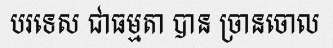
បរទេស ជាធម្មតា បាន ច្រានចោល